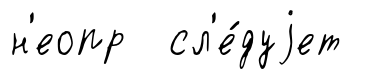
н'еопр сл'е́дуjет